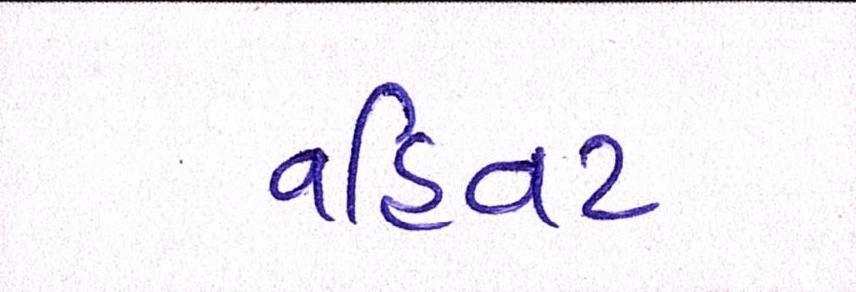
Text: વહિવટ